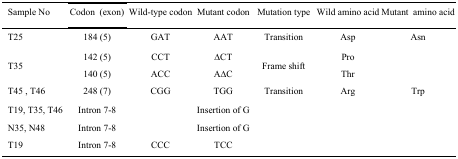
<table><thead><tr><td><b> Sample No</b></td><td><b>Codon (exon)</b></td><td><b>Wild-type codon</b></td><td><b>Mutant codon</b></td><td><b>Mutation type</b></td><td><b>Wild amino acid</b></td><td><b>Mutant amino acid</b></td></tr></thead><tbody><tr><td> T25</td><td>184 (5)</td><td>GAT</td><td>AAT</td><td>Transition</td><td>Asp</td><td>Asn</td></tr><tr><td> T35</td><td>142 (5)140 (5)</td><td>CCTACC</td><td>∆CTA∆C</td><td>Frame shift</td><td>ProThr</td><td></td></tr><tr><td> T45 , T46</td><td>248 (7)</td><td>CGG</td><td>TGG</td><td>Transition</td><td>Arg</td><td>Trp</td></tr><tr><td> T19, T35, T46</td><td>Intron 7-8</td><td></td><td>Insertion of G</td><td></td><td></td><td></td></tr><tr><td> N35, N48</td><td>Intron 7-8</td><td></td><td>Insertion of G</td><td></td><td></td><td></td></tr><tr><td> T19</td><td>Intron 7-8</td><td>CCC</td><td>TCC</td><td></td><td></td><td></td></tr></tbody></table>